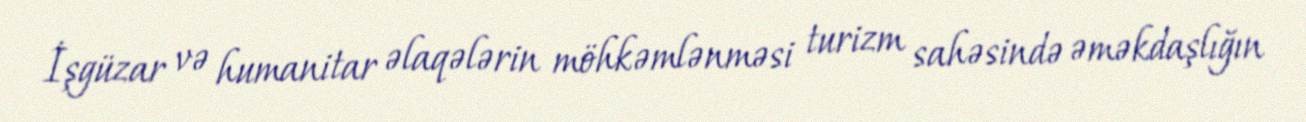
İşgüzar və humanitar əlaqələrin möhkəmlənməsi turizm sahəsində əməkdaşlığın